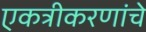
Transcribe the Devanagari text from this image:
एकत्रीकरणांचे